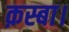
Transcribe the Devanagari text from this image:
क़स्बा।